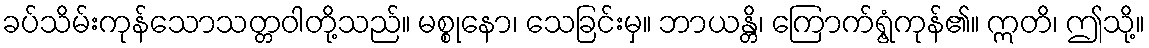
ခပ်သိမ်းကုန်သောသတ္တဝါတို့သည်။ မစ္စုနော၊ သေခြင်းမှ။ ဘာယန္တိ၊ ကြောက်ရွံ့ကုန်၏။ ဣတိ၊ ဤသို့။